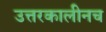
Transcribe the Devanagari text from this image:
उत्तरकालीनच